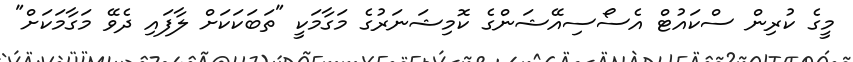
މީގެ ކުރިން ސްކައުޓް އެސޯސިއޭޝަންގެ ކޮމިޝަނަރުގެ މަގާމަކީ "ތަބަކަކަށް ލާފައި ދެވޭ މަގާމަކަށް"